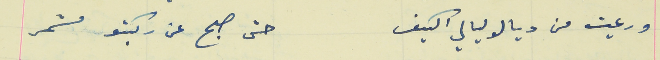
ورعيت من ديالو ليالي الكيف                                      حتى صبح عن ركبتو مشمر